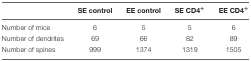
<table><thead><tr><td></td><td><b>SE control</b></td><td><b>EE control</b></td><td><b>SE CD4<sup>+</sup></b></td><td><b>EE CD4<sup>+</sup></b></td></tr></thead><tbody><tr><td>Number of mice</td><td>6</td><td>5</td><td>5</td><td>6</td></tr><tr><td>Number of dendrites</td><td>69</td><td>66</td><td>82</td><td>89</td></tr><tr><td>Number of spines</td><td>999</td><td>1374</td><td>1319</td><td>1505</td></tr></tbody></table>